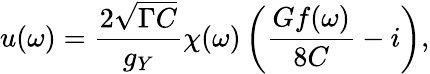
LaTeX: u(\omega)=\frac{2\sqrt{\Gamma C}}{g_{Y}}\chi(\omega)\left(\frac{Gf(\omega)}{8C}-i\right),